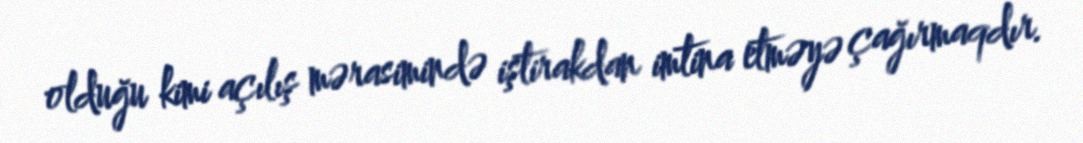
olduğu kimi açılış mərasimində iştirakdan imtina etməyə çağırmaqdır.